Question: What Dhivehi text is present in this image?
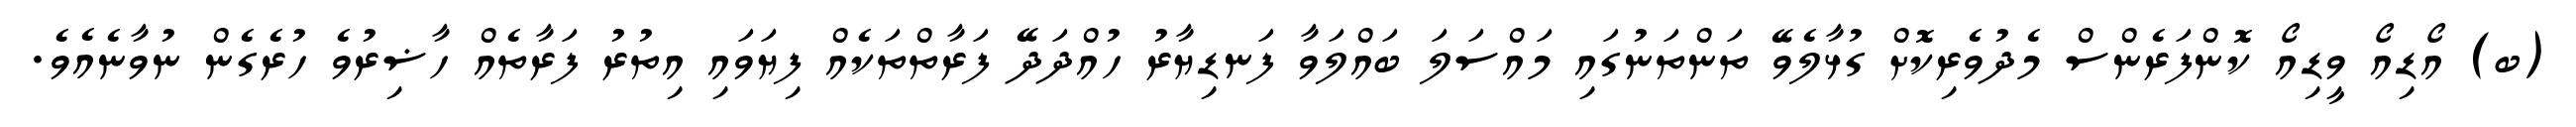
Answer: (ބ) އޯޑިއޯ ވީޑިއޯ ކޮންފަރެންސް މެދުވެރިކޮށް ގުޅާލެވޭ ތަންތަނުގައި މައްސަލަ ބައްލަވާ ފަނޑިޔާރު ހުއްދަދޭ ފަރާތްތަކެއް ފިޔަވައި އިތުރު ފަރާތެއް ހާޟިރުވެ ހުރެގެން ނުވާނެއެވެ.